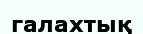
галахтық